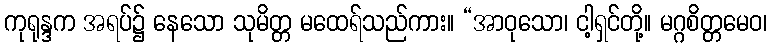
ကုရုန္ဒက အရပ်၌ နေသော သုမိတ္တ မထေရ်သည်ကား။ “အာဝုသော၊ ငါ့ရှင်တို့။ မဂ္ဂစိတ္တမေဝ၊